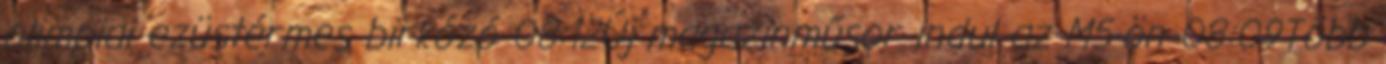
olimpiai ezüstérmes birkózó 08:12Új magazinműsor indul az M5-ön 08:09Több